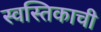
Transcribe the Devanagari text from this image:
स्वस्तिकाची